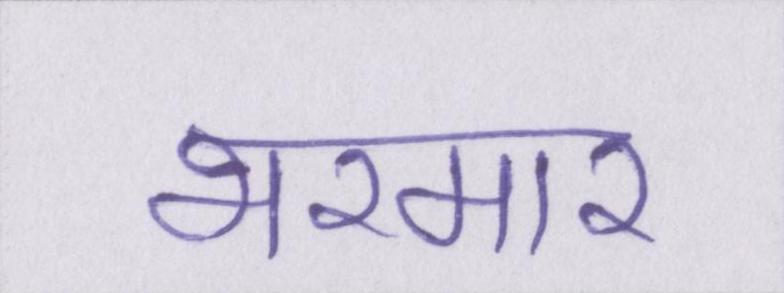
भरमार